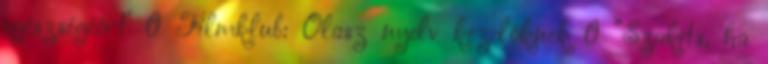
egészségéért’ 0 Filmklub: Olasz nyelv kezdőknek 0 “Szakíts, ha